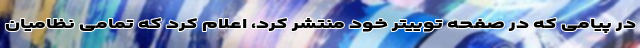
در پیامی که در صفحه توییتر خود منتشر کرد، اعلام کرد که تمامی نظامیان